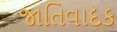
જાતિવાદક